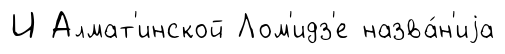
И Алмат'инской Лом'идз'е назва́н'иjа